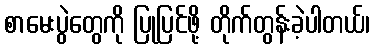
စာမေးပွဲတွေကို ပြုပြင်ဖို့ တိုက်တွန်းခဲ့ပါတယ်၊